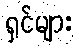
ရှင်များ